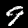
Digit: 9